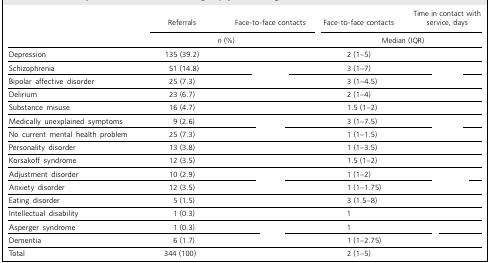
<table><thead><tr><td>[EMPTY_CELL]</td><td><b>Referrals</b></td><td><b>Face-to-face contacts</b></td><td><b>Face-to-face contacts</b></td><td><b>Time in contact withservice, days</b></td></tr><tr><td>[EMPTY_CELL]</td><td colspan="2"><b><i>n</i> (%)</b></td><td colspan="2"><b>Median (IQR)</b></td></tr></thead><tbody><tr><td>Depression</td><td>135 (39.2)</td><td>[EMPTY_CELL]</td><td>2 (1–5)</td><td>[EMPTY_CELL]</td></tr><tr><td>Schizophrenia</td><td>51 (14.8)</td><td>[EMPTY_CELL]</td><td>3 (1–7)</td><td>[EMPTY_CELL]</td></tr><tr><td>Bipolar affective disorder</td><td>25 (7.3)</td><td>[EMPTY_CELL]</td><td>3 (1–4.5)</td><td>[EMPTY_CELL]</td></tr><tr><td>Delirium</td><td>23 (6.7)</td><td>[EMPTY_CELL]</td><td>2 (1–4)</td><td>[EMPTY_CELL]</td></tr><tr><td>Substance misuse</td><td>16 (4.7)</td><td>[EMPTY_CELL]</td><td>1.5 (1–2)</td><td>[EMPTY_CELL]</td></tr><tr><td>Medically unexplained symptoms</td><td>9 (2.6)</td><td>[EMPTY_CELL]</td><td>3 (1–7.5)</td><td>[EMPTY_CELL]</td></tr><tr><td>No current mental health problem</td><td>25 (7.3)</td><td>[EMPTY_CELL]</td><td>1 (1–1.5)</td><td>[EMPTY_CELL]</td></tr><tr><td>Personality disorder</td><td>13 (3.8)</td><td>[EMPTY_CELL]</td><td>1 (1–3.5)</td><td>[EMPTY_CELL]</td></tr><tr><td>Korsakoff syndrome</td><td>12 (3.5)</td><td>[EMPTY_CELL]</td><td>1.5 (1–2)</td><td>[EMPTY_CELL]</td></tr><tr><td>Adjustment disorder</td><td>10 (2.9)</td><td>[EMPTY_CELL]</td><td>1 (1–2)</td><td>[EMPTY_CELL]</td></tr><tr><td>Anxiety disorder</td><td>12 (3.5)</td><td>[EMPTY_CELL]</td><td>1 (1–1.75)</td><td>[EMPTY_CELL]</td></tr><tr><td>Eating disorder</td><td>5 (1.5)</td><td>[EMPTY_CELL]</td><td>3 (1.5–8)</td><td>[EMPTY_CELL]</td></tr><tr><td>Intellectual disability</td><td>1 (0.3)</td><td>[EMPTY_CELL]</td><td>1</td><td>[EMPTY_CELL]</td></tr><tr><td>Asperger syndrome</td><td>1 (0.3)</td><td>[EMPTY_CELL]</td><td>1</td><td>[EMPTY_CELL]</td></tr><tr><td>Dementia</td><td>6 (1.7)</td><td>[EMPTY_CELL]</td><td>1 (1–2.75)</td><td>[EMPTY_CELL]</td></tr><tr><td>Total</td><td>344 (100)</td><td>[EMPTY_CELL]</td><td>2 (1–5)</td><td>[EMPTY_CELL]</td></tr></tbody></table>